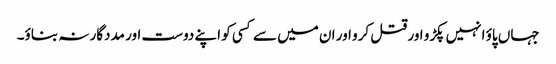
جہاں پاؤ انہیں پکڑو اور قتل کرو اور ان میں سے کسی کو اپنے دوست اور مددگار نہ بناؤ۔